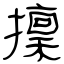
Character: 檁